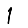
Digit: 1